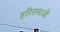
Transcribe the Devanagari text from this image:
हरिरायजी